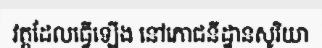
វត្តដែលធ្វើឡើង នៅភោជនីដ្ឋានសូរិយា